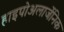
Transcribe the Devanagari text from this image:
हाइपोअलार्जेनिक